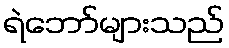
ရဲဘော်များသည်